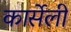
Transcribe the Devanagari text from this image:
कार्सेली